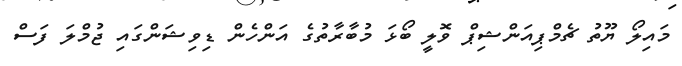
މައިލޯ ޔޫތު ޗެމްޕިއަންޝިޕް ވޮލީ ބޯޅަ މުބާރާތުގެ އަންހެން ޑިވިޝަންގައި ޖުމްލަ ފަސް